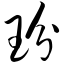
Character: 玢